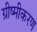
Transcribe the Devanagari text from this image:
ग्रीष्मीकरण